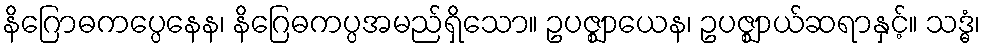
နိဂြောဓကပ္ပေနေန၊ နိဂြေဓကပ္ပအမည်ရှိသော။ ဥပဇ္ဈာယေန၊ ဥပဇ္ဈာယ်ဆရာနှင့်။ သဒ္ဓံ၊